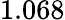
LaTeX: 1.068